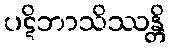
ပဋိဘာသိဿန္တိ